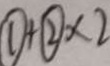
\textcircled { 1 } + \textcircled { 2 } \times 2